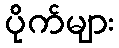
ပိုက်များ